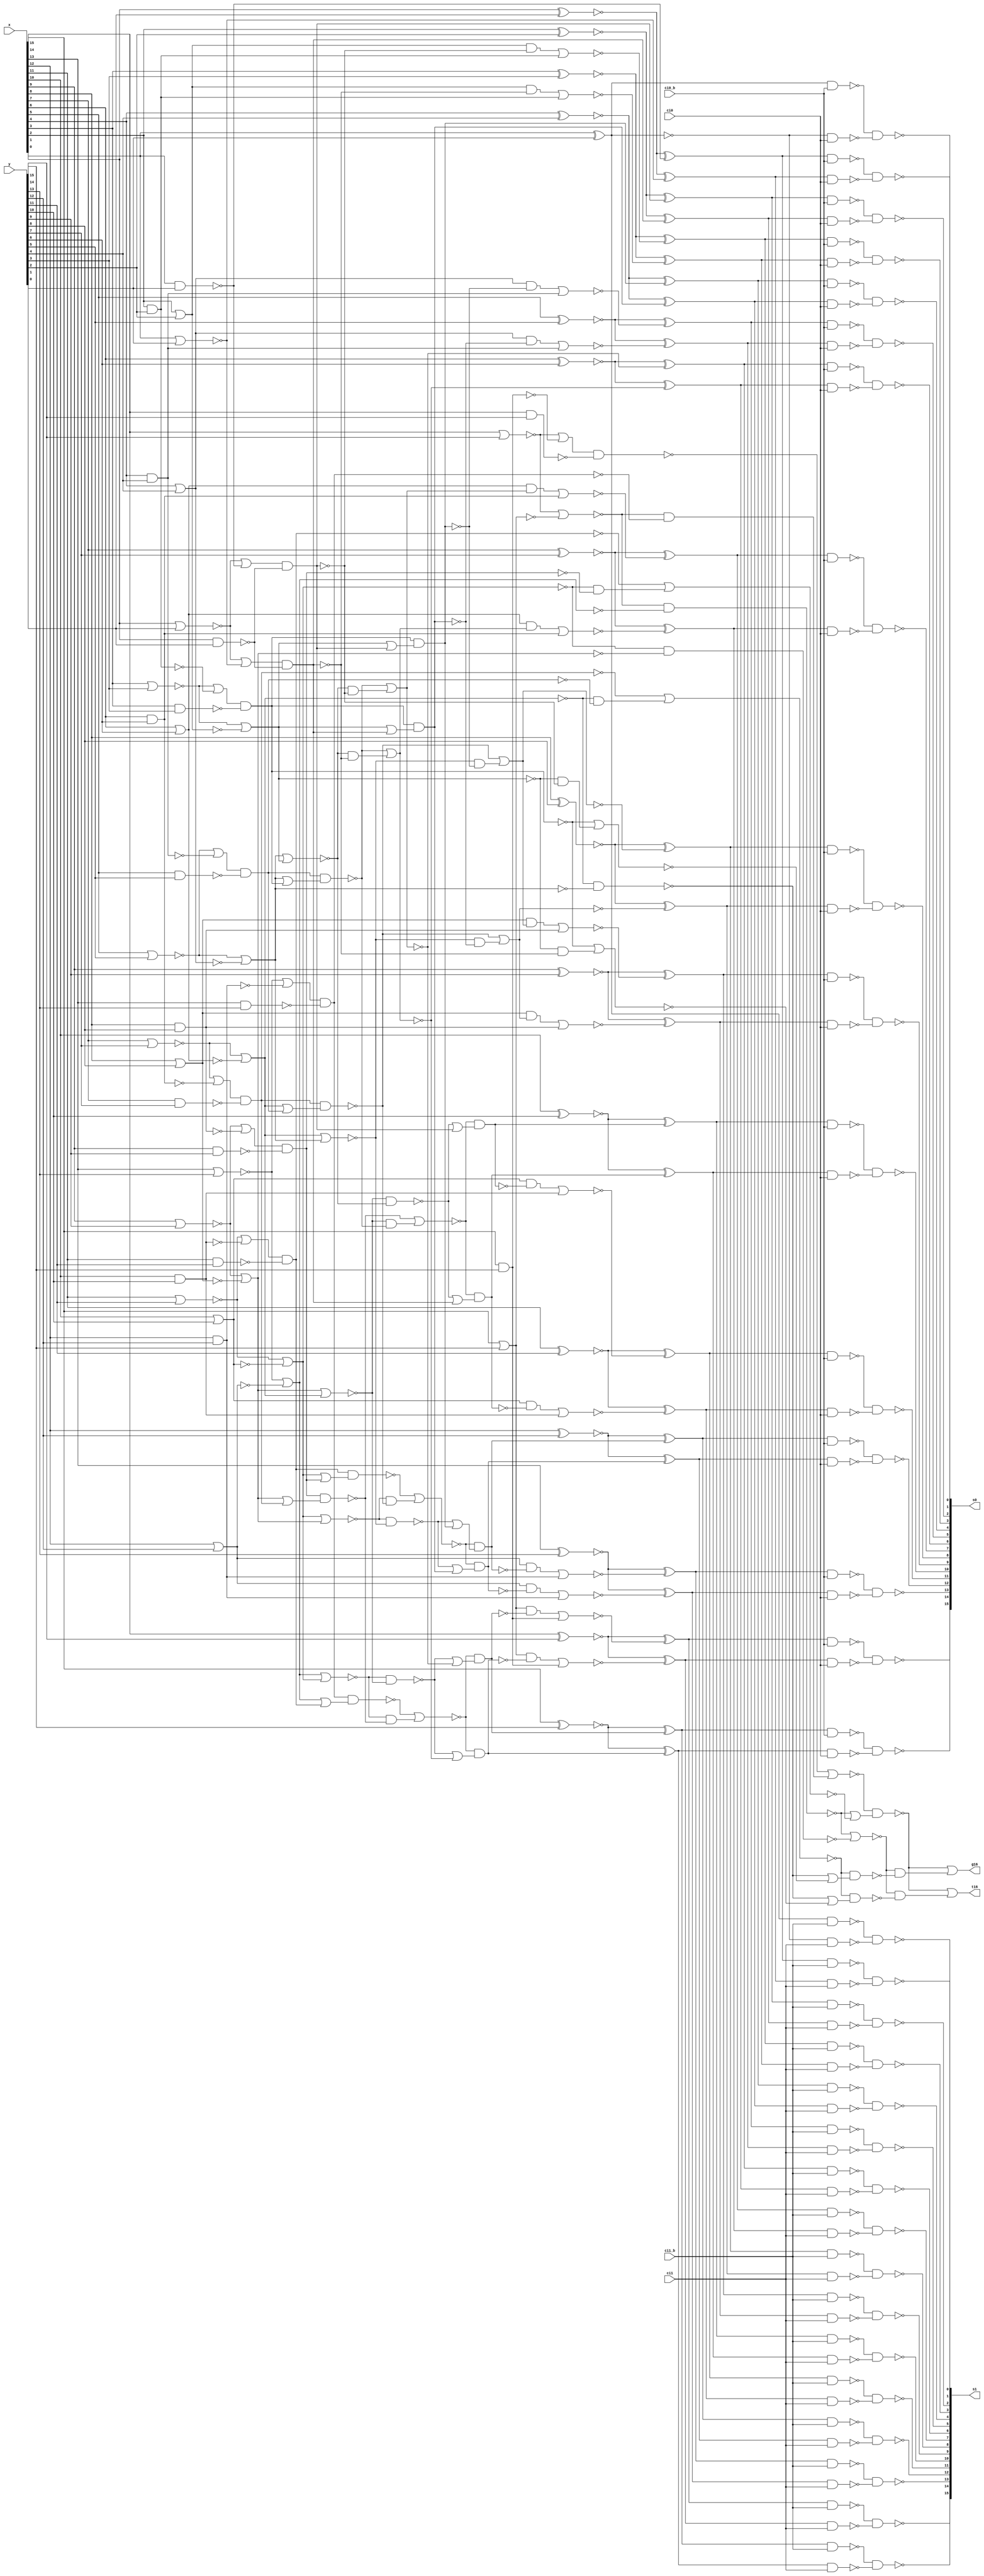
module fu_hc16pp(
   x,
   y,
   ci0,
   ci0_b,
   ci1,
   ci1_b,
   s0,
   s1,
   g16,
   t16
);
   input [0:15]  x;
   input [0:15]  y;
   input         ci0;
   input         ci0_b;
   input         ci1;
   input         ci1_b;
   output [0:15] s0;
   output [0:15] s1;
   output        g16;
   output        t16;

   wire [0:15]   g01_b;
   wire [0:15]   t01_b;
   wire [0:15]   p01_b;
   wire [0:15]   p01;
   wire [0:7]    g01od;
   wire [0:7]    t01od;
   wire [0:7]    g02ev;
   wire [0:7]    t02ev;
   wire [1:7]    g02ev_b;
   wire [1:7]    t02ev_b;
   wire [1:7]    g04ev;
   wire [1:7]    t04ev;
   wire [1:7]    g08ev_b;
   wire [1:7]    t08ev_b;
   wire [1:7]    g16ev;
   wire [1:7]    t16ev;
   wire [1:15]   c0_b;
   wire [1:15]   c1_b;
   wire [0:15]   s0_raw;
   wire [0:15]   s1_raw;
   wire [0:15]   s0_x_b;
   wire [0:15]   s0_y_b;
   wire [0:15]   s1_x_b;
   wire [0:15]   s1_y_b;

   wire          glb_g04_e01_b;		//new // rep glb
   wire          glb_g04_e23_b;
   wire          glb_g04_e45_b;
   wire          glb_g04_e67_b;
   wire          glb_t04_e01_b;		//new // rep glb
   wire          glb_t04_e23_b;
   wire          glb_t04_e45_b;
   wire          glb_t04_e67_b;
   wire          glb_g08_e03;		//new // rep glb
   wire          glb_g08_e47;
   wire          glb_t08_e03;
   wire          glb_t08_e47;
   wire          glb_g16_e07_b;		//new // rep glb
   wire          glb_t16_e07_b;



   ////#####################################
   ////## group 1
   ////#####################################
   // g01_b(0 to 15) <= not( x(0 to 15) and  y(0 to 15) ); -- critical
   // t01_b(0 to 15) <= not( x(0 to 15) or   y(0 to 15) ); -- critical
   // p01_b(0 to 15) <= not( x(0 to 15) xor  y(0 to 15) ); -- not critical

   assign g01_b[0] = (~(x[0] & y[0]));		//critical
   assign g01_b[1] = (~(x[1] & y[1]));		//critical
   assign g01_b[2] = (~(x[2] & y[2]));		//critical
   assign g01_b[3] = (~(x[3] & y[3]));		//critical
   assign g01_b[4] = (~(x[4] & y[4]));		//critical
   assign g01_b[5] = (~(x[5] & y[5]));		//critical
   assign g01_b[6] = (~(x[6] & y[6]));		//critical
   assign g01_b[7] = (~(x[7] & y[7]));		//critical
   assign g01_b[8] = (~(x[8] & y[8]));		//critical
   assign g01_b[9] = (~(x[9] & y[9]));		//critical
   assign g01_b[10] = (~(x[10] & y[10]));		//critical
   assign g01_b[11] = (~(x[11] & y[11]));		//critical
   assign g01_b[12] = (~(x[12] & y[12]));		//critical
   assign g01_b[13] = (~(x[13] & y[13]));		//critical
   assign g01_b[14] = (~(x[14] & y[14]));		//critical
   assign g01_b[15] = (~(x[15] & y[15]));		//critical

   assign t01_b[0] = (~(x[0] | y[0]));		//critical
   assign t01_b[1] = (~(x[1] | y[1]));		//critical
   assign t01_b[2] = (~(x[2] | y[2]));		//critical
   assign t01_b[3] = (~(x[3] | y[3]));		//critical
   assign t01_b[4] = (~(x[4] | y[4]));		//critical
   assign t01_b[5] = (~(x[5] | y[5]));		//critical
   assign t01_b[6] = (~(x[6] | y[6]));		//critical
   assign t01_b[7] = (~(x[7] | y[7]));		//critical
   assign t01_b[8] = (~(x[8] | y[8]));		//critical
   assign t01_b[9] = (~(x[9] | y[9]));		//critical
   assign t01_b[10] = (~(x[10] | y[10]));		//critical
   assign t01_b[11] = (~(x[11] | y[11]));		//critical
   assign t01_b[12] = (~(x[12] | y[12]));		//critical
   assign t01_b[13] = (~(x[13] | y[13]));		//critical
   assign t01_b[14] = (~(x[14] | y[14]));		//critical
   assign t01_b[15] = (~(x[15] | y[15]));		//critical

   assign p01[0] = (x[0] ^ y[0]);		//not critical
   assign p01[1] = (x[1] ^ y[1]);		//not critical
   assign p01[2] = (x[2] ^ y[2]);		//not critical
   assign p01[3] = (x[3] ^ y[3]);		//not critical
   assign p01[4] = (x[4] ^ y[4]);		//not critical
   assign p01[5] = (x[5] ^ y[5]);		//not critical
   assign p01[6] = (x[6] ^ y[6]);		//not critical
   assign p01[7] = (x[7] ^ y[7]);		//not critical
   assign p01[8] = (x[8] ^ y[8]);		//not critical
   assign p01[9] = (x[9] ^ y[9]);		//not critical
   assign p01[10] = (x[10] ^ y[10]);		//not critical
   assign p01[11] = (x[11] ^ y[11]);		//not critical
   assign p01[12] = (x[12] ^ y[12]);		//not critical
   assign p01[13] = (x[13] ^ y[13]);		//not critical
   assign p01[14] = (x[14] ^ y[14]);		//not critical
   assign p01[15] = (x[15] ^ y[15]);		//not critical

   assign p01_b[0] = (~(p01[0]));		//not critical
   assign p01_b[1] = (~(p01[1]));		//not critical
   assign p01_b[2] = (~(p01[2]));		//not critical
   assign p01_b[3] = (~(p01[3]));		//not critical
   assign p01_b[4] = (~(p01[4]));		//not critical
   assign p01_b[5] = (~(p01[5]));		//not critical
   assign p01_b[6] = (~(p01[6]));		//not critical
   assign p01_b[7] = (~(p01[7]));		//not critical
   assign p01_b[8] = (~(p01[8]));		//not critical
   assign p01_b[9] = (~(p01[9]));		//not critical
   assign p01_b[10] = (~(p01[10]));		//not critical
   assign p01_b[11] = (~(p01[11]));		//not critical
   assign p01_b[12] = (~(p01[12]));		//not critical
   assign p01_b[13] = (~(p01[13]));		//not critical
   assign p01_b[14] = (~(p01[14]));		//not critical
   assign p01_b[15] = (~(p01[15]));		//not critical

   assign g01od[0] = (~g01_b[1]);
   assign g01od[1] = (~g01_b[3]);
   assign g01od[2] = (~g01_b[5]);
   assign g01od[3] = (~g01_b[7]);
   assign g01od[4] = (~g01_b[9]);
   assign g01od[5] = (~g01_b[11]);
   assign g01od[6] = (~g01_b[13]);
   assign g01od[7] = (~g01_b[15]);

   assign t01od[0] = (~t01_b[1]);
   assign t01od[1] = (~t01_b[3]);
   assign t01od[2] = (~t01_b[5]);
   assign t01od[3] = (~t01_b[7]);
   assign t01od[4] = (~t01_b[9]);
   assign t01od[5] = (~t01_b[11]);
   assign t01od[6] = (~t01_b[13]);
   assign t01od[7] = (~t01_b[15]);

   ////#####################################
   ////## group 2   // local and global (shared)
   ////#####################################

   assign g02ev[7] = (~((t01_b[14] | g01_b[15]) & g01_b[14]));		//final
   assign g02ev[6] = (~((t01_b[12] | g01_b[13]) & g01_b[12]));
   assign g02ev[5] = (~((t01_b[10] | g01_b[11]) & g01_b[10]));
   assign g02ev[4] = (~((t01_b[8] | g01_b[9]) & g01_b[8]));
   assign g02ev[3] = (~((t01_b[6] | g01_b[7]) & g01_b[6]));
   assign g02ev[2] = (~((t01_b[4] | g01_b[5]) & g01_b[4]));
   assign g02ev[1] = (~((t01_b[2] | g01_b[3]) & g01_b[2]));
   assign g02ev[0] = (~((t01_b[0] | g01_b[1]) & g01_b[0]));

   assign t02ev[7] = (~((t01_b[14] | t01_b[15]) & g01_b[14]));		//final
   assign t02ev[6] = (~(t01_b[12] | t01_b[13]));
   assign t02ev[5] = (~(t01_b[10] | t01_b[11]));
   assign t02ev[4] = (~(t01_b[8] | t01_b[9]));
   assign t02ev[3] = (~(t01_b[6] | t01_b[7]));
   assign t02ev[2] = (~(t01_b[4] | t01_b[5]));
   assign t02ev[1] = (~(t01_b[2] | t01_b[3]));
   assign t02ev[0] = (~(t01_b[0] | t01_b[1]));

   assign g02ev_b[7] = (~(g02ev[7]));		//new
   assign g02ev_b[6] = (~(g02ev[6]));		//new
   assign g02ev_b[5] = (~(g02ev[5]));		//new
   assign g02ev_b[4] = (~(g02ev[4]));		//new
   assign g02ev_b[3] = (~(g02ev[3]));		//new
   assign g02ev_b[2] = (~(g02ev[2]));		//new
   assign g02ev_b[1] = (~(g02ev[1]));		//new

   assign t02ev_b[7] = (~(t02ev[7]));		//new
   assign t02ev_b[6] = (~(t02ev[6]));		//new
   assign t02ev_b[5] = (~(t02ev[5]));		//new
   assign t02ev_b[4] = (~(t02ev[4]));		//new
   assign t02ev_b[3] = (~(t02ev[3]));		//new
   assign t02ev_b[2] = (~(t02ev[2]));		//new
   assign t02ev_b[1] = (~(t02ev[1]));		//new

   ////#####################################
   ////## replicating for global chain
   ////#####################################

   assign glb_g04_e01_b = (~(g02ev[0] | (t02ev[0] & g02ev[1])));
   assign glb_g04_e23_b = (~(g02ev[2] | (t02ev[2] & g02ev[3])));
   assign glb_g04_e45_b = (~(g02ev[4] | (t02ev[4] & g02ev[5])));
   assign glb_g04_e67_b = (~(g02ev[6] | (t02ev[6] & g02ev[7])));
   assign glb_t04_e01_b = (~(t02ev[0] & t02ev[1]));
   assign glb_t04_e23_b = (~(t02ev[2] & t02ev[3]));
   assign glb_t04_e45_b = (~(t02ev[4] & t02ev[5]));
   assign glb_t04_e67_b = (~(g02ev[6] | (t02ev[6] & t02ev[7])));

   assign glb_g08_e03 = (~(glb_g04_e01_b & (glb_t04_e01_b | glb_g04_e23_b)));
   assign glb_g08_e47 = (~(glb_g04_e45_b & (glb_t04_e45_b | glb_g04_e67_b)));
   assign glb_t08_e03 = (~(glb_t04_e01_b | glb_t04_e23_b));
   assign glb_t08_e47 = (~(glb_g04_e45_b & (glb_t04_e45_b | glb_t04_e67_b)));

   assign glb_g16_e07_b = (~(glb_g08_e03 | (glb_t08_e03 & glb_g08_e47)));
   assign glb_t16_e07_b = (~(glb_g08_e03 | (glb_t08_e03 & glb_t08_e47)));

   assign g16 = (~(glb_g16_e07_b));		//output
   assign t16 = (~(glb_t16_e07_b));		//output

   ////#####################################
   ////## group 4 // delayed for local chain ... reverse phase
   ////#####################################

   assign g04ev[7] = (~(g02ev_b[7]));
   assign g04ev[6] = (~(g02ev_b[6] & (t02ev_b[6] | g02ev_b[7])));		//final
   assign g04ev[5] = (~(g02ev_b[5] & (t02ev_b[5] | g02ev_b[6])));
   assign g04ev[4] = (~(g02ev_b[4] & (t02ev_b[4] | g02ev_b[5])));
   assign g04ev[3] = (~(g02ev_b[3] & (t02ev_b[3] | g02ev_b[4])));
   assign g04ev[2] = (~(g02ev_b[2] & (t02ev_b[2] | g02ev_b[3])));
   assign g04ev[1] = (~(g02ev_b[1] & (t02ev_b[1] | g02ev_b[2])));

   assign t04ev[7] = (~(t02ev_b[7]));
   assign t04ev[6] = (~(g02ev_b[6] & (t02ev_b[6] | t02ev_b[7])));		//final
   assign t04ev[5] = (~(t02ev_b[5] | t02ev_b[6]));
   assign t04ev[4] = (~(t02ev_b[4] | t02ev_b[5]));
   assign t04ev[3] = (~(t02ev_b[3] | t02ev_b[4]));
   assign t04ev[2] = (~(t02ev_b[2] | t02ev_b[3]));
   assign t04ev[1] = (~(t02ev_b[1] | t02ev_b[2]));

   ////#####################################
   ////## group 8
   ////#####################################

   assign g08ev_b[7] = (~(g04ev[7]));
   assign g08ev_b[6] = (~(g04ev[6]));
   assign g08ev_b[5] = (~(g04ev[5] | (t04ev[5] & g04ev[7])));		//final
   assign g08ev_b[4] = (~(g04ev[4] | (t04ev[4] & g04ev[6])));		//final
   assign g08ev_b[3] = (~(g04ev[3] | (t04ev[3] & g04ev[5])));
   assign g08ev_b[2] = (~(g04ev[2] | (t04ev[2] & g04ev[4])));
   assign g08ev_b[1] = (~(g04ev[1] | (t04ev[1] & g04ev[3])));

   assign t08ev_b[7] = (~(t04ev[7]));
   assign t08ev_b[6] = (~(t04ev[6]));
   assign t08ev_b[5] = (~(g04ev[5] | (t04ev[5] & t04ev[7])));		//final
   assign t08ev_b[4] = (~(g04ev[4] | (t04ev[4] & t04ev[6])));		//final
   assign t08ev_b[3] = (~(t04ev[3] & t04ev[5]));
   assign t08ev_b[2] = (~(t04ev[2] & t04ev[4]));
   assign t08ev_b[1] = (~(t04ev[1] & t04ev[3]));

   ////#####################################
   ////## group 16
   ////#####################################

   assign g16ev[7] = (~(g08ev_b[7]));
   assign g16ev[6] = (~(g08ev_b[6]));
   assign g16ev[5] = (~(g08ev_b[5]));
   assign g16ev[4] = (~(g08ev_b[4]));
   assign g16ev[3] = (~(g08ev_b[3] & (t08ev_b[3] | g08ev_b[7])));		//final
   assign g16ev[2] = (~(g08ev_b[2] & (t08ev_b[2] | g08ev_b[6])));		//final
   assign g16ev[1] = (~(g08ev_b[1] & (t08ev_b[1] | g08ev_b[5])));		//final

   assign t16ev[7] = (~(t08ev_b[7]));
   assign t16ev[6] = (~(t08ev_b[6]));
   assign t16ev[5] = (~(t08ev_b[5]));
   assign t16ev[4] = (~(t08ev_b[4]));
   assign t16ev[3] = (~(g08ev_b[3] & (t08ev_b[3] | t08ev_b[7])));		//final
   assign t16ev[2] = (~(g08ev_b[2] & (t08ev_b[2] | t08ev_b[6])));		//final
   assign t16ev[1] = (~(g08ev_b[1] & (t08ev_b[1] | t08ev_b[5])));		//final

   ////#####################################
   ////## group 16 delayed
   ////#####################################

   assign c0_b[14] = (~(g16ev[7]));
   assign c0_b[12] = (~(g16ev[6]));
   assign c0_b[10] = (~(g16ev[5]));
   assign c0_b[8] = (~(g16ev[4]));
   assign c0_b[6] = (~(g16ev[3]));
   assign c0_b[4] = (~(g16ev[2]));
   assign c0_b[2] = (~(g16ev[1]));

   assign c1_b[14] = (~(t16ev[7]));
   assign c1_b[12] = (~(t16ev[6]));
   assign c1_b[10] = (~(t16ev[5]));
   assign c1_b[8] = (~(t16ev[4]));
   assign c1_b[6] = (~(t16ev[3]));
   assign c1_b[4] = (~(t16ev[2]));
   assign c1_b[2] = (~(t16ev[1]));

   assign c0_b[15] = (~(g01od[7]));
   assign c0_b[13] = (~((t01od[6] & g16ev[7]) | g01od[6]));
   assign c0_b[11] = (~((t01od[5] & g16ev[6]) | g01od[5]));
   assign c0_b[9] = (~((t01od[4] & g16ev[5]) | g01od[4]));
   assign c0_b[7] = (~((t01od[3] & g16ev[4]) | g01od[3]));
   assign c0_b[5] = (~((t01od[2] & g16ev[3]) | g01od[2]));
   assign c0_b[3] = (~((t01od[1] & g16ev[2]) | g01od[1]));
   assign c0_b[1] = (~((t01od[0] & g16ev[1]) | g01od[0]));

   assign c1_b[15] = (~(t01od[7]));
   assign c1_b[13] = (~((t01od[6] & t16ev[7]) | g01od[6]));
   assign c1_b[11] = (~((t01od[5] & t16ev[6]) | g01od[5]));
   assign c1_b[9] = (~((t01od[4] & t16ev[5]) | g01od[4]));
   assign c1_b[7] = (~((t01od[3] & t16ev[4]) | g01od[3]));
   assign c1_b[5] = (~((t01od[2] & t16ev[3]) | g01od[2]));
   assign c1_b[3] = (~((t01od[1] & t16ev[2]) | g01od[1]));
   assign c1_b[1] = (~((t01od[0] & t16ev[1]) | g01od[0]));

   ////#####################################
   ////## sum before select
   ////#####################################

   assign s0_raw[0] = (p01_b[0] ^ c0_b[1]);
   assign s0_raw[1] = (p01_b[1] ^ c0_b[2]);
   assign s0_raw[2] = (p01_b[2] ^ c0_b[3]);
   assign s0_raw[3] = (p01_b[3] ^ c0_b[4]);
   assign s0_raw[4] = (p01_b[4] ^ c0_b[5]);
   assign s0_raw[5] = (p01_b[5] ^ c0_b[6]);
   assign s0_raw[6] = (p01_b[6] ^ c0_b[7]);
   assign s0_raw[7] = (p01_b[7] ^ c0_b[8]);
   assign s0_raw[8] = (p01_b[8] ^ c0_b[9]);
   assign s0_raw[9] = (p01_b[9] ^ c0_b[10]);
   assign s0_raw[10] = (p01_b[10] ^ c0_b[11]);
   assign s0_raw[11] = (p01_b[11] ^ c0_b[12]);
   assign s0_raw[12] = (p01_b[12] ^ c0_b[13]);
   assign s0_raw[13] = (p01_b[13] ^ c0_b[14]);
   assign s0_raw[14] = (p01_b[14] ^ c0_b[15]);
   assign s0_raw[15] = (~p01_b[15]);

   assign s1_raw[0] = (p01_b[0] ^ c1_b[1]);
   assign s1_raw[1] = (p01_b[1] ^ c1_b[2]);
   assign s1_raw[2] = (p01_b[2] ^ c1_b[3]);
   assign s1_raw[3] = (p01_b[3] ^ c1_b[4]);
   assign s1_raw[4] = (p01_b[4] ^ c1_b[5]);
   assign s1_raw[5] = (p01_b[5] ^ c1_b[6]);
   assign s1_raw[6] = (p01_b[6] ^ c1_b[7]);
   assign s1_raw[7] = (p01_b[7] ^ c1_b[8]);
   assign s1_raw[8] = (p01_b[8] ^ c1_b[9]);
   assign s1_raw[9] = (p01_b[9] ^ c1_b[10]);
   assign s1_raw[10] = (p01_b[10] ^ c1_b[11]);
   assign s1_raw[11] = (p01_b[11] ^ c1_b[12]);
   assign s1_raw[12] = (p01_b[12] ^ c1_b[13]);
   assign s1_raw[13] = (p01_b[13] ^ c1_b[14]);
   assign s1_raw[14] = (p01_b[14] ^ c1_b[15]);
   assign s1_raw[15] = (~s0_raw[15]);

   ////#####################################
   ////## sum after select
   ////#####################################

   assign s0_x_b[0] = (~(s0_raw[0] & ci0_b));
   assign s0_y_b[0] = (~(s1_raw[0] & ci0));
   assign s1_x_b[0] = (~(s0_raw[0] & ci1_b));
   assign s1_y_b[0] = (~(s1_raw[0] & ci1));
   assign s0[0] = (~(s0_x_b[0] & s0_y_b[0]));
   assign s1[0] = (~(s1_x_b[0] & s1_y_b[0]));

   assign s0_x_b[1] = (~(s0_raw[1] & ci0_b));
   assign s0_y_b[1] = (~(s1_raw[1] & ci0));
   assign s1_x_b[1] = (~(s0_raw[1] & ci1_b));
   assign s1_y_b[1] = (~(s1_raw[1] & ci1));
   assign s0[1] = (~(s0_x_b[1] & s0_y_b[1]));
   assign s1[1] = (~(s1_x_b[1] & s1_y_b[1]));

   assign s0_x_b[2] = (~(s0_raw[2] & ci0_b));
   assign s0_y_b[2] = (~(s1_raw[2] & ci0));
   assign s1_x_b[2] = (~(s0_raw[2] & ci1_b));
   assign s1_y_b[2] = (~(s1_raw[2] & ci1));
   assign s0[2] = (~(s0_x_b[2] & s0_y_b[2]));
   assign s1[2] = (~(s1_x_b[2] & s1_y_b[2]));

   assign s0_x_b[3] = (~(s0_raw[3] & ci0_b));
   assign s0_y_b[3] = (~(s1_raw[3] & ci0));
   assign s1_x_b[3] = (~(s0_raw[3] & ci1_b));
   assign s1_y_b[3] = (~(s1_raw[3] & ci1));
   assign s0[3] = (~(s0_x_b[3] & s0_y_b[3]));
   assign s1[3] = (~(s1_x_b[3] & s1_y_b[3]));

   assign s0_x_b[4] = (~(s0_raw[4] & ci0_b));
   assign s0_y_b[4] = (~(s1_raw[4] & ci0));
   assign s1_x_b[4] = (~(s0_raw[4] & ci1_b));
   assign s1_y_b[4] = (~(s1_raw[4] & ci1));
   assign s0[4] = (~(s0_x_b[4] & s0_y_b[4]));
   assign s1[4] = (~(s1_x_b[4] & s1_y_b[4]));

   assign s0_x_b[5] = (~(s0_raw[5] & ci0_b));
   assign s0_y_b[5] = (~(s1_raw[5] & ci0));
   assign s1_x_b[5] = (~(s0_raw[5] & ci1_b));
   assign s1_y_b[5] = (~(s1_raw[5] & ci1));
   assign s0[5] = (~(s0_x_b[5] & s0_y_b[5]));
   assign s1[5] = (~(s1_x_b[5] & s1_y_b[5]));

   assign s0_x_b[6] = (~(s0_raw[6] & ci0_b));
   assign s0_y_b[6] = (~(s1_raw[6] & ci0));
   assign s1_x_b[6] = (~(s0_raw[6] & ci1_b));
   assign s1_y_b[6] = (~(s1_raw[6] & ci1));
   assign s0[6] = (~(s0_x_b[6] & s0_y_b[6]));
   assign s1[6] = (~(s1_x_b[6] & s1_y_b[6]));

   assign s0_x_b[7] = (~(s0_raw[7] & ci0_b));
   assign s0_y_b[7] = (~(s1_raw[7] & ci0));
   assign s1_x_b[7] = (~(s0_raw[7] & ci1_b));
   assign s1_y_b[7] = (~(s1_raw[7] & ci1));
   assign s0[7] = (~(s0_x_b[7] & s0_y_b[7]));
   assign s1[7] = (~(s1_x_b[7] & s1_y_b[7]));

   assign s0_x_b[8] = (~(s0_raw[8] & ci0_b));
   assign s0_y_b[8] = (~(s1_raw[8] & ci0));
   assign s1_x_b[8] = (~(s0_raw[8] & ci1_b));
   assign s1_y_b[8] = (~(s1_raw[8] & ci1));
   assign s0[8] = (~(s0_x_b[8] & s0_y_b[8]));
   assign s1[8] = (~(s1_x_b[8] & s1_y_b[8]));

   assign s0_x_b[9] = (~(s0_raw[9] & ci0_b));
   assign s0_y_b[9] = (~(s1_raw[9] & ci0));
   assign s1_x_b[9] = (~(s0_raw[9] & ci1_b));
   assign s1_y_b[9] = (~(s1_raw[9] & ci1));
   assign s0[9] = (~(s0_x_b[9] & s0_y_b[9]));
   assign s1[9] = (~(s1_x_b[9] & s1_y_b[9]));

   assign s0_x_b[10] = (~(s0_raw[10] & ci0_b));
   assign s0_y_b[10] = (~(s1_raw[10] & ci0));
   assign s1_x_b[10] = (~(s0_raw[10] & ci1_b));
   assign s1_y_b[10] = (~(s1_raw[10] & ci1));
   assign s0[10] = (~(s0_x_b[10] & s0_y_b[10]));
   assign s1[10] = (~(s1_x_b[10] & s1_y_b[10]));

   assign s0_x_b[11] = (~(s0_raw[11] & ci0_b));
   assign s0_y_b[11] = (~(s1_raw[11] & ci0));
   assign s1_x_b[11] = (~(s0_raw[11] & ci1_b));
   assign s1_y_b[11] = (~(s1_raw[11] & ci1));
   assign s0[11] = (~(s0_x_b[11] & s0_y_b[11]));
   assign s1[11] = (~(s1_x_b[11] & s1_y_b[11]));

   assign s0_x_b[12] = (~(s0_raw[12] & ci0_b));
   assign s0_y_b[12] = (~(s1_raw[12] & ci0));
   assign s1_x_b[12] = (~(s0_raw[12] & ci1_b));
   assign s1_y_b[12] = (~(s1_raw[12] & ci1));
   assign s0[12] = (~(s0_x_b[12] & s0_y_b[12]));
   assign s1[12] = (~(s1_x_b[12] & s1_y_b[12]));

   assign s0_x_b[13] = (~(s0_raw[13] & ci0_b));
   assign s0_y_b[13] = (~(s1_raw[13] & ci0));
   assign s1_x_b[13] = (~(s0_raw[13] & ci1_b));
   assign s1_y_b[13] = (~(s1_raw[13] & ci1));
   assign s0[13] = (~(s0_x_b[13] & s0_y_b[13]));
   assign s1[13] = (~(s1_x_b[13] & s1_y_b[13]));

   assign s0_x_b[14] = (~(s0_raw[14] & ci0_b));
   assign s0_y_b[14] = (~(s1_raw[14] & ci0));
   assign s1_x_b[14] = (~(s0_raw[14] & ci1_b));
   assign s1_y_b[14] = (~(s1_raw[14] & ci1));
   assign s0[14] = (~(s0_x_b[14] & s0_y_b[14]));
   assign s1[14] = (~(s1_x_b[14] & s1_y_b[14]));

   assign s0_x_b[15] = (~(s0_raw[15] & ci0_b));
   assign s0_y_b[15] = (~(s1_raw[15] & ci0));
   assign s1_x_b[15] = (~(s0_raw[15] & ci1_b));
   assign s1_y_b[15] = (~(s1_raw[15] & ci1));
   assign s0[15] = (~(s0_x_b[15] & s0_y_b[15]));
   assign s1[15] = (~(s1_x_b[15] & s1_y_b[15]));

endmodule